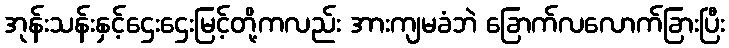
အုန်းသန်းနှင့်ဌေးဌေးမြင့်တို့ကလည်း အားကျမခံဘဲ ခြောက်လလောက်ခြားပြီး